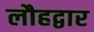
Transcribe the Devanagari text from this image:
लौहद्वार